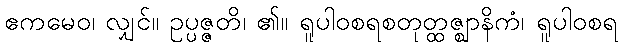
ဧကမေဝ၊ လျှင်။ ဥပ္ပဇ္ဇတိ၊ ၏။ ရူပါဝစရစတုတ္ထဇ္ဈာနိကံ၊ ရူပါဝစရ